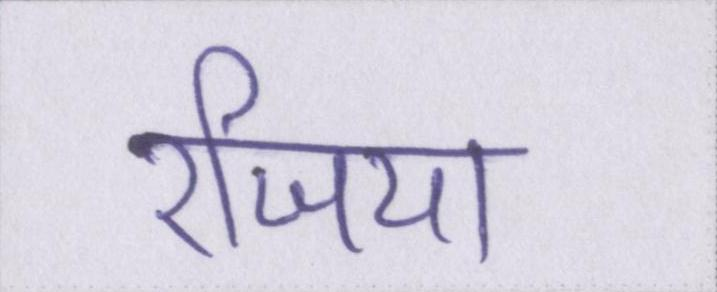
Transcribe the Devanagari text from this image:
रजिया